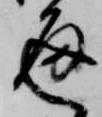
通